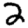
Digit: 2